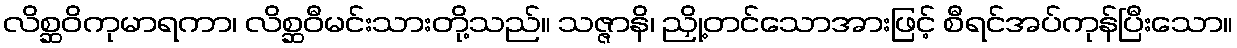
လိစ္ဆဝိကုမာရကာ၊ လိစ္ဆဝီမင်းသားတို့သည်။ သဇ္ဇာနိ၊ ညှို့တင်သောအားဖြင့် စီရင်အပ်ကုန်ပြီးသော။